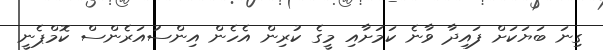
ގިނަ ބަޔަކަށް ފައިދާ ވާނެ ކަމަށާއި މީގެ ކުރިން އެހެން އިންސުއަރެންސް ކޮމްޕެނީ